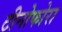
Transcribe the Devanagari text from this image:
टीनोफोरा